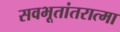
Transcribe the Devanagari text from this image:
सवभूतांतरात्मा